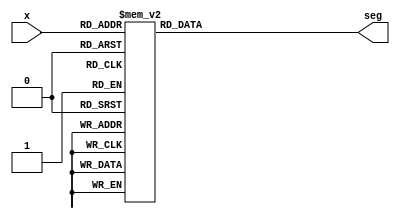
module seven_seg_decoder (
    input  wire [3:0] x,
    output reg  [6:0] seg
);
  always @(x) begin
    case (x)
      4'b0000: seg = 7'b0000001;
      4'b0001: seg = 7'b1001111;
      4'b0010: seg = 7'b0010010;
      4'b0011: seg = 7'b0000110;
      4'b0100: seg = 7'b1001100;
      4'b0101: seg = 7'b0100100;
      4'b0110: seg = 7'b0100000;
      4'b0111: seg = 7'b0001111;
      4'b1000: seg = 7'b0000000;
      4'b1001: seg = 7'b0000100;
      4'b1010: seg = 7'b0001000;
      4'b1011: seg = 7'b1100000;
      4'b1100: seg = 7'b0110001;
      4'b1101: seg = 7'b1000010;
      4'b1110: seg = 7'b0110000;
      4'b1111: seg = 7'b0111000;
      default: seg = 7'b1111111;
    endcase
  end
endmodule